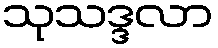
သုသဒ္ဒလာ